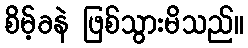
စိမ့်ခနဲ ဖြစ်သွားမိသည်။